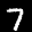
Label: 7